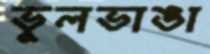
ভুলভাঙা